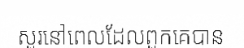
សួរនៅពេលដែលពួកគេបាន